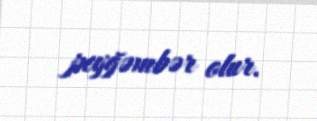
peyğəmbər olur.